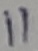
Text: 11